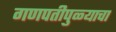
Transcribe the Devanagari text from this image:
गणपतीपुळ्याचा